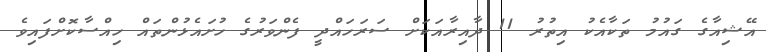
އޭޝިއާގެ ގައުމު ތަކާއެކު އިތުރު 11 ދާއިރާއަކަށް ސަރަހައްދީ ފެންވަރުގެ ހުށައެޅުންތައް ހިއްސާކޮށްފައިވެ